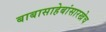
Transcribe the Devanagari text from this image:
बाबासाहेबांसारखेच